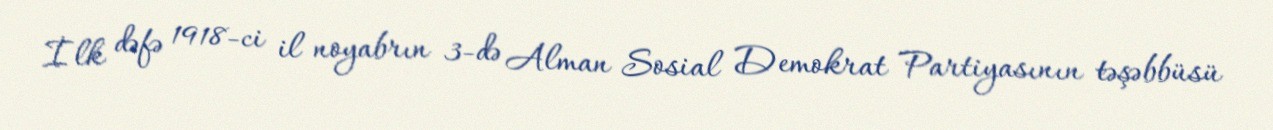
İlk dəfə 1918-ci il noyabrın 3-də Alman Sosial Demokrat Partiyasının təşəbbüsü